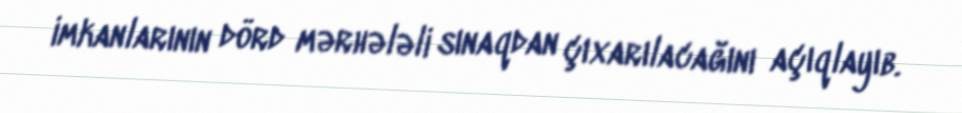
imkanlarının dörd mərhələli sınaqdan çıxarılacağını açıqlayıb.